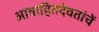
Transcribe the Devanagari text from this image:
आवाहितदेवतांचें